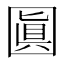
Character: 𡈓